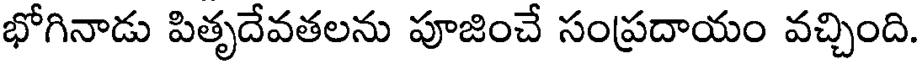
భోగినాడు పితృదేవతలను పూజించే సంప్రదాయం వచ్చింది.